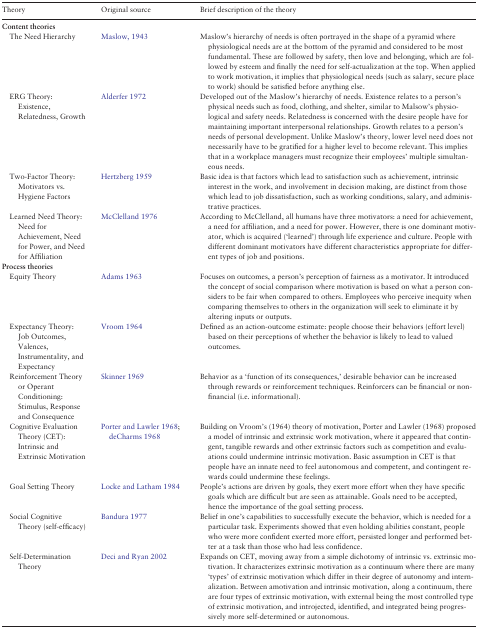
<table><thead><tr><td><b>Theory</b></td><td><b>Original source</b></td><td><b>Brief description of the theory</b></td></tr></thead><tbody><tr><td colspan="3"><b>Content theories</b></td></tr><tr><td> The Need Hierarchy</td><td>Maslow, 1943</td><td>Maslow&#x27;s hierarchy of needs is often portrayed in the shape of a pyramid where physiological needs are at the bottom of the pyramid and considered to be most fundamental. These are followed by safety, then love and belonging, which are followed by esteem and finally the need for self-actualization at the top. When applied to work motivation, it implies that physiological needs (such as salary, secure place to work) should be satisfied before anything else.</td></tr><tr><td> ERG Theory: Existence, Relatedness, Growth</td><td>Alderfer 1972</td><td>Developed out of the Maslow’s hierarchy of needs. Existence relates to a person&#x27;s physical needs such as food, clothing, and shelter, similar to Malsow’s physiological and safety needs. Relatedness is concerned with the desire people have for maintaining important interpersonal relationships. Growth relates to a person&#x27;s needs of personal development. Unlike Maslow’s theory, lower level need does not necessarily have to be gratified for a higher level to become relevant. This implies that in a workplace managers must recognize their employees’ multiple simultaneous needs.</td></tr><tr><td> Two-Factor Theory: Motivators vs. Hygiene Factors</td><td>Hertzberg 1959</td><td>Basic idea is that factors which lead to satisfaction such as achievement, intrinsic interest in the work, and involvement in decision making, are distinct from those which lead to job dissatisfaction, such as working conditions, salary, and administrative practices.</td></tr><tr><td> Learned Need Theory: Need for Achievement, Need for Power, and Need for Affiliation</td><td>McClelland 1976</td><td>According to McClelland, all humans have three motivators: a need for achievement, a need for affiliation, and a need for power. However, there is one dominant motivator, which is acquired (‘learned’) through life experience and culture. People with different dominant motivators have different characteristics appropriate for different types of job and positions.</td></tr><tr><td colspan="3"><b>Process theories</b></td></tr><tr><td> Equity Theory</td><td>Adams 1963</td><td>Focuses on outcomes, a person’s perception of fairness as a motivator. It introduced the concept of social comparison where motivation is based on what a person considers to be fair when compared to others. Employees who perceive inequity when comparing themselves to others in the organization will seek to eliminate it by altering inputs or outputs.</td></tr><tr><td> Expectancy Theory: Job Outcomes, Valences, Instrumentality, and Expectancy</td><td>Vroom 1964</td><td>Defined as an action-outcome estimate: people choose their behaviors (effort level) based on their perceptions of whether the behavior is likely to lead to valued outcomes.</td></tr><tr><td> Reinforcement Theory or Operant Conditioning: Stimulus, Response and Consequence</td><td>Skinner 1969</td><td>Behavior as a ‘function of its consequences,’ desirable behavior can be increased through rewards or reinforcement techniques. Reinforcers can be financial or non-financial (i.e. informational).</td></tr><tr><td> Cognitive Evaluation Theory (CET): Intrinsic and Extrinsic Motivation</td><td>Porter and Lawler 1968; deCharms 1968</td><td>Building on Vroom’s (1964) theory of motivation, Porter and Lawler (1968) proposed a model of intrinsic and extrinsic work motivation, where it appeared that contingent, tangible rewards and other extrinsic factors such as competition and evaluations could undermine intrinsic motivation. Basic assumption in CET is that people have an innate need to feel autonomous and competent, and contingent rewards could undermine these feelings.</td></tr><tr><td> Goal Setting Theory</td><td>Locke and Latham 1984</td><td>People’s actions are driven by goals, they exert more effort when they have specific goals which are difficult but are seen as attainable. Goals need to be accepted, hence the importance of the goal setting process.</td></tr><tr><td> Social Cognitive Theory (self-efficacy)</td><td>Bandura 1977</td><td>Belief in one’s capabilities to successfully execute the behavior, which is needed for a particular task. Experiments showed that even holding abilities constant, people who were more confident exerted more effort, persisted longer and performed better at a task than those who had less confidence.</td></tr><tr><td> Self-Determination Theory</td><td>Deci and Ryan 2002</td><td>Expands on CET, moving away from a simple dichotomy of intrinsic vs. extrinsic motivation. It characterizes extrinsic motivation as a continuum where there are many ‘types’ of extrinsic motivation which differ in their degree of autonomy and internalization. Between amotivation and intrinsic motivation, along a continuum, there are four types of extrinsic motivation, with external being the most controlled type of extrinsic motivation, and introjected, identified, and integrated being progressively more self-determined or autonomous.</td></tr></tbody></table>